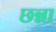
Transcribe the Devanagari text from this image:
छन्ना